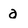
Character: a